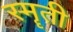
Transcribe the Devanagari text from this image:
स्मॄती